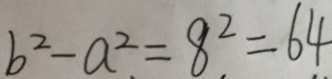
b ^ { 2 } - a ^ { 2 } = 8 ^ { 2 } = 6 4